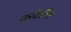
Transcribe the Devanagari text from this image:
फरीडरिश